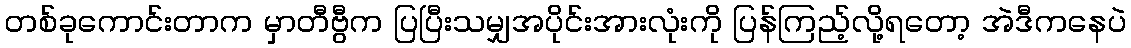
တစ်ခုကောင်းတာက မှာတီဗွီက ပြပြီးသမျှအပိုင်းအားလုံးကို ပြန်ကြည့်လို့ရတော့ အဲဒီကနေပဲ